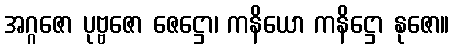
အဂ္ဂဇော ပုဗ္ဗဇော ဇေဋ္ဌော၊ ကနိယော ကနိဋ္ဌော နုဇော။